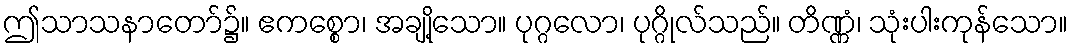
ဤသာသနာတော်၌။ ဧကစ္စော၊ အချို့သော။ ပုဂ္ဂလော၊ ပုဂ္ဂိုလ်သည်။ တိဏ္ဏံ၊ သုံးပါးကုန်သော။